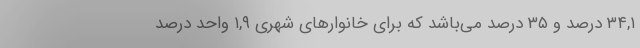
٣٤,١ درصد و ٣٥ درصد می‌باشد که برای خانوارهای شهری ١,٩ واحد درصد